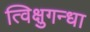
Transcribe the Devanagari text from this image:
त्विक्षुगन्धा